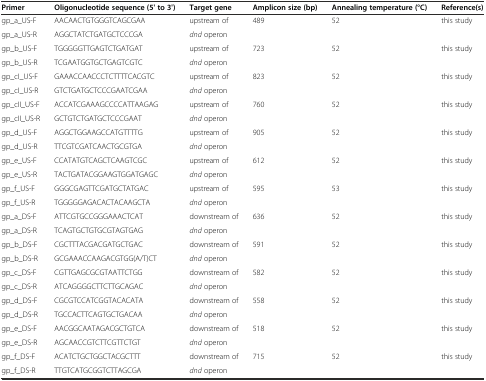
<table><thead><tr><td><b>Primer</b></td><td><b>Oligonucleotide sequence (5&#x27; to 3&#x27;)</b></td><td><b>Target gene</b></td><td><b>Amplicon size (bp)</b></td><td><b>Annealing temperature (°C)</b></td><td><b>Reference(s)</b></td></tr></thead><tbody><tr><td>gp_a_US-F</td><td>AACAACTGTGGGTCAGCGAA</td><td>upstream of</td><td rowspan="2">489</td><td rowspan="2">52</td><td rowspan="2">this study</td></tr><tr><td>gp_a_US-R</td><td>AGGCTATCTGATGCTCCCGA</td><td><i>dnd</i> operon</td></tr><tr><td>gp_b_US-F</td><td>TGGGGGTTGAGTCTGATGAT</td><td>upstream of</td><td rowspan="2">723</td><td rowspan="2">52</td><td rowspan="2">this study</td></tr><tr><td>gp_b_US-R</td><td>TCGAATGGTGCTGAGTCGTC</td><td><i>dnd</i> operon</td></tr><tr><td>gp_cI_US-F</td><td>GAAACCAACCCTCTTTTCACGTC</td><td>upstream of</td><td rowspan="2">823</td><td rowspan="2">52</td><td rowspan="2">this study</td></tr><tr><td>gp_cI_US-R</td><td>GTCTGATGCTCCCGAATCGAA</td><td><i>dnd</i> operon</td></tr><tr><td>gp_cII_US-F</td><td>ACCATCGAAAGCCCCATTAAGAG</td><td>upstream of</td><td rowspan="2">760</td><td rowspan="2">52</td><td rowspan="2">this study</td></tr><tr><td>gp_cII_US-R</td><td>GCTGTCTGATGCTCCCGAAT</td><td><i>dnd</i> operon</td></tr><tr><td>gp_d_US-F</td><td>AGGCTGGAAGCCATGTTTTG</td><td>upstream of</td><td rowspan="2">905</td><td rowspan="2">52</td><td rowspan="2">this study</td></tr><tr><td>gp_d_US-R</td><td>TTCGTCGATCAACTGCGTGA</td><td><i>dnd</i> operon</td></tr><tr><td>gp_e_US-F</td><td>CCATATGTCAGCTCAAGTCGC</td><td>upstream of</td><td rowspan="2">612</td><td rowspan="2">52</td><td rowspan="2">this study</td></tr><tr><td>gp_e_US-R</td><td>TACTGATACGGAAGTGGATGAGC</td><td><i>dnd</i> operon</td></tr><tr><td>gp_f_US-F</td><td>GGGCGAGTTCGATGCTATGAC</td><td>upstream of</td><td rowspan="2">595</td><td rowspan="2">53</td><td rowspan="2">this study</td></tr><tr><td>gp_f_US-R</td><td>TGGGGGAGACACTACAAGCTA</td><td><i>dnd</i> operon</td></tr><tr><td>gp_a_DS-F</td><td>ATTCGTGCCGGGAAACTCAT</td><td>downstream of</td><td rowspan="2">636</td><td rowspan="2">52</td><td rowspan="2">this study</td></tr><tr><td>gp_a_DS-R</td><td>TCAGTGCTGTGCGTAGTGAG</td><td><i>dnd</i> operon</td></tr><tr><td>gp_b_DS-F</td><td>CGCTTTACGACGATGCTGAC</td><td>downstream of</td><td rowspan="2">591</td><td rowspan="2">52</td><td rowspan="2">this study</td></tr><tr><td>gp_b_DS-R</td><td>GCGAAACCAAGACGTGG(A/T)CT</td><td><i>dnd</i> operon</td></tr><tr><td>gp_c_DS-F</td><td>CGTTGAGCGCGTAATTCTGG</td><td>downstream of</td><td rowspan="2">582</td><td rowspan="2">52</td><td rowspan="2">this study</td></tr><tr><td>gp_c_DS-R</td><td>ATCAGGGGCTTCTTGCAGAC</td><td><i>dnd</i> operon</td></tr><tr><td>gp_d_DS-F</td><td>CGCGTCCATCGGTACACATA</td><td>downstream of</td><td rowspan="2">558</td><td rowspan="2">52</td><td rowspan="2">this study</td></tr><tr><td>gp_d_DS-R</td><td>TGCCACTTCAGTGCTGACAA</td><td><i>dnd</i> operon</td></tr><tr><td>gp_e_DS-F</td><td>AACGGCAATAGACGCTGTCA</td><td>downstream of</td><td rowspan="2">518</td><td rowspan="2">52</td><td rowspan="2">this study</td></tr><tr><td>gp_e_DS-R</td><td>AGCAACCGTCTTCGTTCTGT</td><td><i>dnd</i> operon</td></tr><tr><td>gp_f_DS-F</td><td>ACATCTGCTGGCTACGCTTT</td><td>downstream of</td><td rowspan="2">715</td><td rowspan="2">52</td><td rowspan="2">this study</td></tr><tr><td>gp_f_DS-R</td><td>TTGTCATGCGGTCTTAGCGA</td><td><i>dnd</i> operon</td></tr></tbody></table>